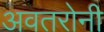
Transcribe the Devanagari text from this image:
अवतरोनी